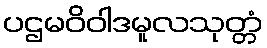
ပဌမဝိဝါဒမူလသုတ္တံ